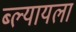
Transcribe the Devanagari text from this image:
ब्ल्यायला